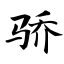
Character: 骄